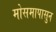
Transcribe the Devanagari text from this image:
मोसमापासुन